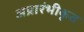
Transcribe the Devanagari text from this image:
अप्रारंभीकृत